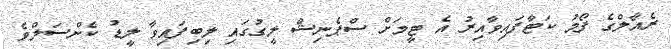
ރެއާލްގެ ފޯމު ކަޓާފައިވާއިރު އެ ޓީމަށް ސްޕެނިޝް ލީގުގައި ލިބިފައިވާ ލީޑު ކެންސަލްވެ